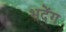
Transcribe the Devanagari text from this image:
भदेंग